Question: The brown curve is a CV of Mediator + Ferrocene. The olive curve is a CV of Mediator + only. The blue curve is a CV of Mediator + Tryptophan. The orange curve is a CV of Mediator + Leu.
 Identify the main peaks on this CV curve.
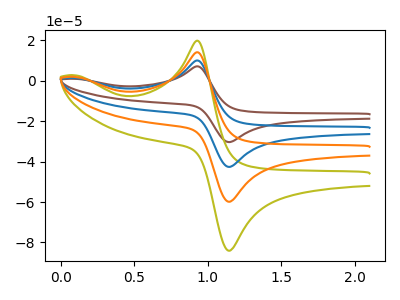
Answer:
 <answer>The brown curve "Mediator + Ferrocene" has an anodic peak at (0.95V, 42.40uA) and a cathodic peak at (1.15V, -179.40uA). The olive curve "Mediator + only" has an anodic peak at (0.95V, 19.85uA) and a cathodic peak at (1.15V, -84.00uA). The blue curve "Mediator + Tryptophan" has an anodic peak at (0.95V, 28.25uA) and a cathodic peak at (1.15V, -119.60uA). The orange curve "Mediator + Leu" has an anodic peak at (0.95V, 14.15uA) and a cathodic peak at (1.15V, -59.80uA).</answer>
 <eval></eval>